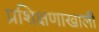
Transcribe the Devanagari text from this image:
प्रशिक्षणाखाली